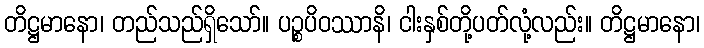
တိဋ္ဌမာနော၊ တည်သည်ရှိသော်။ ပဉ္စပိဝဿာနိ၊ ငါးနှစ်တို့ပတ်လုံ့လည်း။ တိဋ္ဌမာနော၊